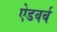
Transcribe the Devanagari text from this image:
ऐडवर्ब